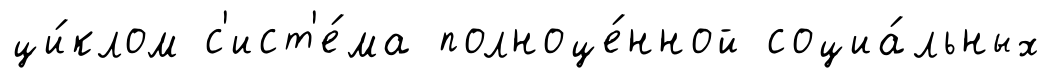
ци́клом с'ист'е́ма полноце́нной социа́льных